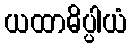
ယထာဓိပ္ပါယံ